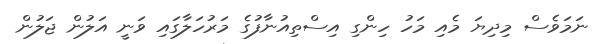
ނަމަވެސް މިދިޔަ މެއި މަހު ހިންގި އިސްތިއުނާފުގެ މަރުހަލާގައި ވަނީ އަލުން ޖަލުން